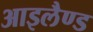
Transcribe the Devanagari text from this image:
आइलैण्‍ड